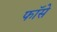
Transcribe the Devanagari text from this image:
फॉसे